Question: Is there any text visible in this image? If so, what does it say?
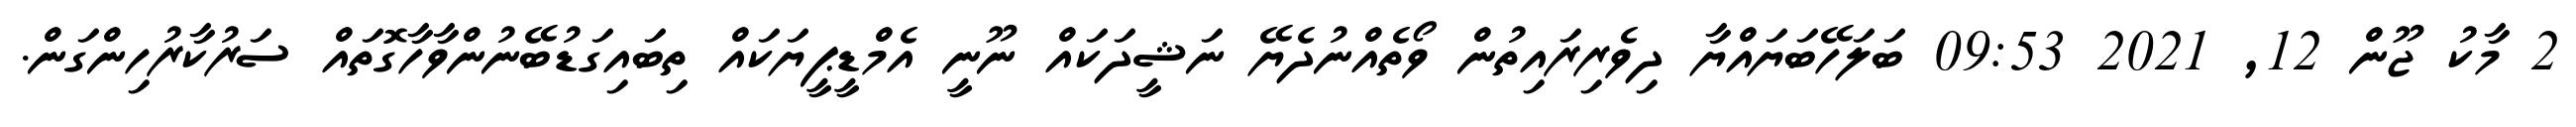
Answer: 2 މާކު ޖޫން 12, 2021 09:53 ބަލަހޭބަޔައްޔާ ދިވެރިރައިތުން ވޯތެއްނުދެޔޭ ނަޝީދަކައް ނޫނީ އެމްޑީޕީޔަކައް ތިބައިގަޑުބޭނުންވާހާގޮތައް ސަރުކާރުހިންގަން.